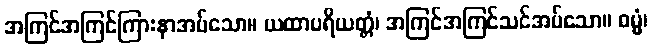
အကြင်အကြင်ကြားနာအပ်သော။ ယထာပရိယတ္တံ၊ အကြင်အကြင်သင်အပ်သော။ ဓမ္မံ၊